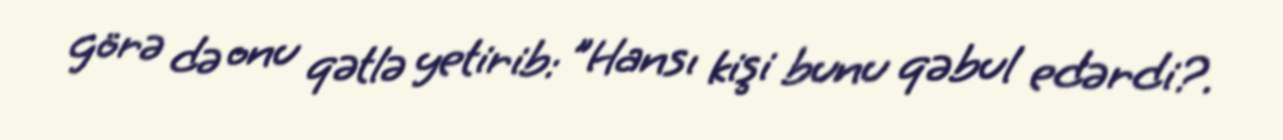
görə də onu qətlə yetirib: "Hansı kişi bunu qəbul edərdi?.